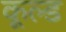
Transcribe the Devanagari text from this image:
कूल्‍ड